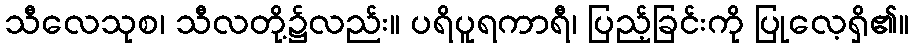
သီလေသုစ၊ သီလတို့၌လည်း။ ပရိပူရကာရီ၊ ပြည့်ခြင်းကို ပြုလေ့ရှိ၏။